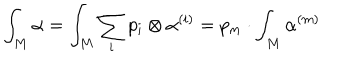
\int _ { M } \alpha = \int _ { M } \sum _ { i } p _ { i } \otimes \alpha ^ { ( i ) } = p _ { m } \cdot \int _ { M } \alpha ^ { ( m ) }